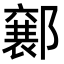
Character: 𮠍